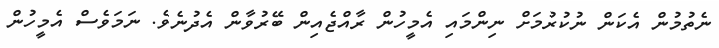
ނެތުމުން އެކަން ނުކުރުމަށް ނިންމައި އެމީހުން ރާއްޖެއިން ބޭރުވާން އެދުނެވެ. ނަމަވެސް އެމީހުން